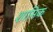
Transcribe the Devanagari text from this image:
शामिक